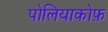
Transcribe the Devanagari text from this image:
पोलियाकोफ़